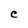
Character: C